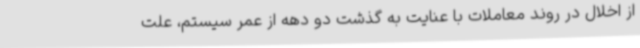
از اخلال در روند معاملات با عنایت به گذشت دو دهه از عمر سیستم، علت